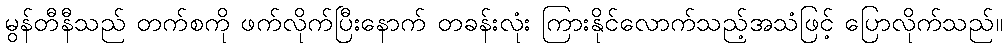
မွန်တီနီသည် တက်စကို ဖက်လိုက်ပြီးနောက် တခန်းလုံး ကြားနိုင်လောက်သည့်အသံဖြင့် ပြောလိုက်သည်။